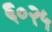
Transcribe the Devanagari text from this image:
६०२५